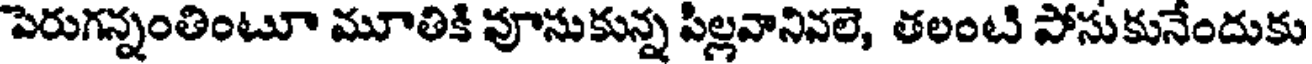
పెరుగన్నంతింటూ మూతికి వూసుకున్న పిల్లవానివలె, తలంటి పోసుకునేందుకు